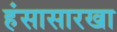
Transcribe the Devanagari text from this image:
हंसासारखा